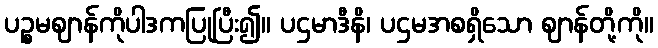
ပဉ္စမဈာန်ကိုပါဒကပြုပြီး၍။ ပဌမာဒီနိ၊ ပဌမအစရှိသော ဈာန်တို့ကို။